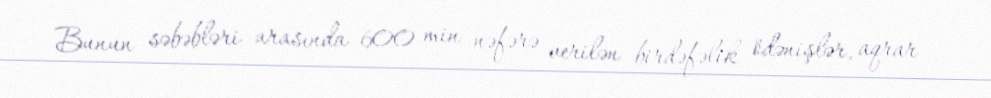
Bunun səbəbləri arasında 600 min nəfərə verilən birdəfəlik ödənişlər, aqrar